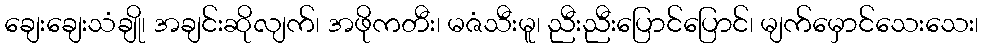
ချေးချေးသံချို၊ အချင်းဆိုလျက်၊ အဖိုကတီး၊ မဇံသီးမူ၊ ညီးညီးပြောင်ပြောင်၊ မျက်မှောင်သေးသေး၊